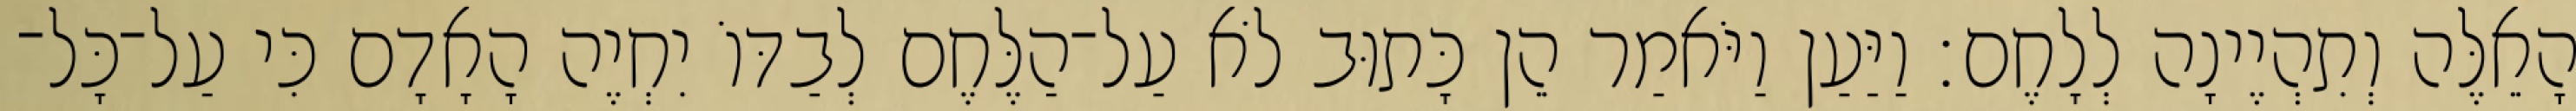
הָאֵלֶּה וְתִהְיֶינָה לְלָחֶם׃ וַיַּעַן וַיֹּאמַר הֵן כָּתוּב לֹא עַל־הַלֶּחֶם לְבַדּוֹ יִחְיֶה הָאָדָם כִּי עַל־כָּל־